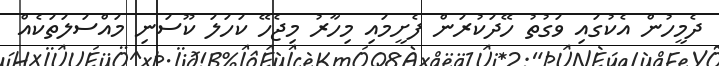
ދެމީހުން އެކުގައި ވަގުތު ހޭދަކުރަން ފެށީމައި މިހާރު މިޖެހޭ ކަހަލަ ކޫސަނި މައްސަލަތަކެއް